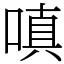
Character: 嗔